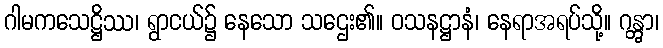
ဂါမကသေဋ္ဌိဿ၊ ရွာငယ်၌ နေသော သဌေး၏။ ဝသနဋ္ဌာနံ၊ နေရာအရပ်သို့။ ဂန္တွာ၊